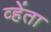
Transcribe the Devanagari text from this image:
व्हेंता